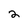
Character: 2